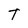
Character: T